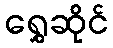
ရွှေဆိုင်